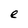
Character: e